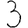
Digit: 3